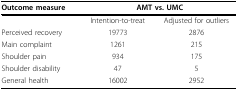
<table><thead><tr><td><b>Outcome measure</b></td><td colspan="2"><b>AMT vs. UMC</b></td></tr></thead><tbody><tr><td></td><td>Intention-to-treat</td><td>Adjusted for outliers</td></tr><tr><td>Perceived recovery</td><td>19773</td><td>2876</td></tr><tr><td>Main complaint</td><td>1261</td><td>215</td></tr><tr><td>Shoulder pain</td><td>934</td><td>175</td></tr><tr><td>Shoulder disability</td><td>47</td><td>5</td></tr><tr><td>General health</td><td>16002</td><td>2952</td></tr></tbody></table>